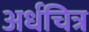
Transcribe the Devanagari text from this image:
अर्धचित्र